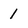
Character: 1